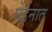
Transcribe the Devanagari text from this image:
घेईनात